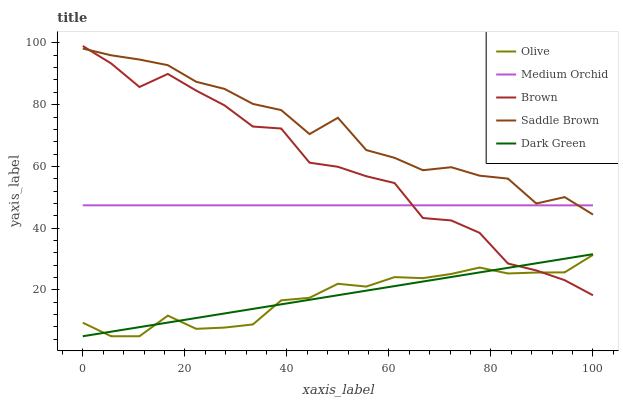
| xaxis_label | Olive | Medium Orchid | Brown | Saddle Brown | Dark Green |
 | --- | --- | --- | --- | --- | --- |
 | 0 | 9.38 | 47.4 | 99 | 98.2 | 5 |
 | 5.56 | 5 | 47.4 | 93.4 | 96 | 6.48 |
 | 11.1 | 5 | 47.4 | 85.7 | 94.6 | 7.95 |
 | 16.7 | 11.7 | 47.4 | 90 | 92.8 | 9.43 |
 | 22.2 | 7.4 | 47.4 | 84.6 | 87.4 | 10.9 |
 | 27.8 | 7.81 | 47.4 | 79.8 | 85.1 | 12.4 |
 | 33.3 | 8.82 | 47.4 | 72.9 | 80.3 | 13.9 |
 | 38.9 | 16.6 | 47.4 | 72.3 | 78.2 | 15.3 |
 | 44.4 | 17.5 | 47.4 | 61.2 | 70.5 | 16.8 |
 | 50 | 22 | 47.4 | 59.9 | 75.8 | 18.3 |
 | 55.6 | 21.1 | 47.4 | 56.8 | 65.3 | 19.8 |
 | 61.1 | 24.2 | 47.4 | 54.6 | 62.8 | 21.2 |
 | 66.7 | 23.8 | 47.4 | 43.3 | 58.8 | 22.7 |
 | 72.2 | 25.2 | 47.4 | 42.5 | 59.7 | 24.2 |
 | 77.8 | 27.3 | 47.4 | 38.5 | 57 | 25.7 |
 | 83.3 | 25.3 | 47.4 | 28.6 | 56.1 | 27.1 |
 | 88.9 | 25.6 | 47.4 | 26.3 | 48 | 28.6 |
 | 94.4 | 25.7 | 47.4 | 23.2 | 50.1 | 30.1 |
 | 100 | 31.4 | 47.4 | 18.3 | 44.4 | 31.6 |